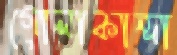
গোলাকান্দা